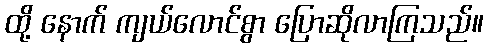
ထို့ နောက် ကျယ်လောင်စွာ ပြောဆိုလာကြသည်။